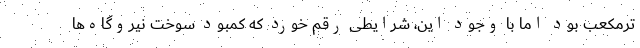
ترمکعب بود اما با وجود این، شرایطی رقم خورد که کمبود سوخت نیروگاه‌ها